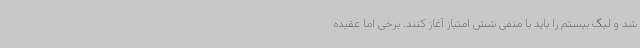
شد و لیگ بیستم را باید با منفی شش امتیاز آغاز کنند. برخی اما عقیده